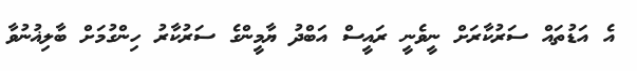
އެ އަޑުތައް ސަރުކާރަށް ނީވެނީ ރައީސް އަބްދު ޔާމީންގެ ސަރުކާރު ހިންގުމަށް ބާލިޣުނުވާ